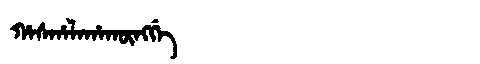
Manchu: ᡥᠠᠰᡥᠠᠯᠠᡥᠠᡴᡡᠩᡤᡝ
Romanization: HASHALAHAKŪNGGE